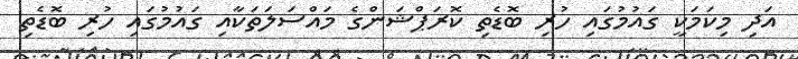
އަދި މިކަމަކީ ގައުމުގައި ހުރި ބޮޑެތި ކޮރަޕްޝަންގެ މައްސަލަތަކާއި ގައުމުގައި ހުރި ބޮޑެތި